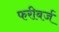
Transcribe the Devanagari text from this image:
फरीबर्ज